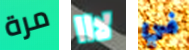
مرة لااا في